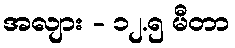
အလျား - ၁၂.၅ မီတာ